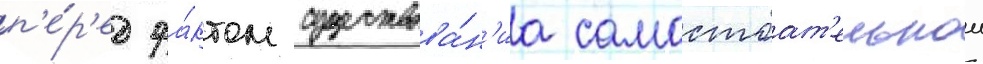
п'е́р'ед фа́ктом существова́н'иа самостоат'ельнои